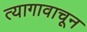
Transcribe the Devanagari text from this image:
त्यागावाचून